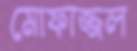
মোফাজ্জল